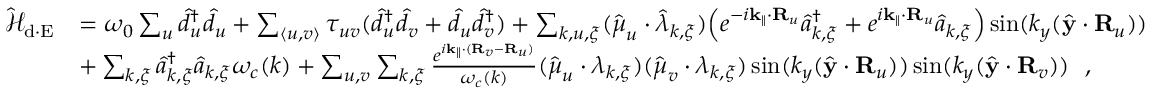
\begin{array} { r l } { \mathcal { \hat { H } } _ { \mathrm { d \cdot E } } } & { = \omega _ { 0 } \sum _ { u } \hat { d } _ { u } ^ { \dagger } \hat { d } _ { u } + \sum _ { \langle u , v \rangle } \tau _ { u v } ( \hat { d } _ { u } ^ { \dagger } \hat { d } _ { v } + \hat { d } _ { u } \hat { d } _ { v } ^ { \dagger } ) + \sum _ { { \boldsymbol k } , u , { \boldsymbol \xi } } ( \hat { \boldsymbol \mu } _ { u } \cdot \hat { \boldsymbol \lambda } _ { { \boldsymbol k } , { \boldsymbol \xi } } ) \Big ( e ^ { - i { { \bf k _ { \parallel } } } \cdot { \bf R } _ { u } } \hat { a } _ { { \boldsymbol k } , { \boldsymbol \xi } } ^ { \dagger } + e ^ { i { \bf k _ { \parallel } } \cdot { \bf R } _ { u } } \hat { a } _ { { \boldsymbol k } , { \boldsymbol \xi } } \Big ) \sin ( { k _ { y } } ( \hat { \bf y } \cdot { \bf R } _ { u } ) ) } \\ & { + \sum _ { { \boldsymbol k } , { \boldsymbol \xi } } \hat { a } _ { { \boldsymbol k } , { \boldsymbol \xi } } ^ { \dagger } \hat { a } _ { { \boldsymbol k } , { \boldsymbol \xi } } \omega _ { c } ( { \boldsymbol k } ) + \sum _ { u , v } \sum _ { { \boldsymbol k } , { \boldsymbol \xi } } { \frac { e ^ { i { \bf k _ { \parallel } } \cdot ( { \bf R } _ { v } - { \bf R } _ { u } ) } } { \omega _ { c } ( { \boldsymbol k } ) } } ( \hat { \boldsymbol \mu } _ { u } \cdot { \boldsymbol \lambda } _ { { \boldsymbol k } , { \boldsymbol \xi } } ) ( \hat { \boldsymbol \mu } _ { v } \cdot { \boldsymbol \lambda } _ { { \boldsymbol k } , { \boldsymbol \xi } } ) \sin ( { k _ { y } } ( \hat { \bf y } \cdot { \bf R } _ { u } ) ) \sin ( { k _ { y } } ( \hat { \bf y } \cdot { \bf R } _ { v } ) ) ~ ~ , } \end{array}